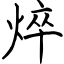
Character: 焠